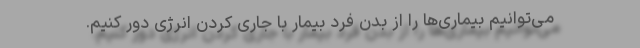
می‌توانیم بیماری‌ها را از بدن فرد بیمار با جاری کردن انرژی دور کنیم.